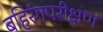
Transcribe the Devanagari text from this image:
बहिरंगपरीक्षण